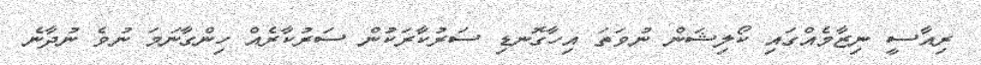
ރިއާސީ ނިޒާމެއްގައި ކޯލިޝަން ނުވަތަ އިހާގޮނޑި ސަރުކާރަކުން ސަރުކާރެއް ހިންގާނަމަ ނުވެ ނުދާނެ